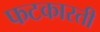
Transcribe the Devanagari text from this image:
फटकारती